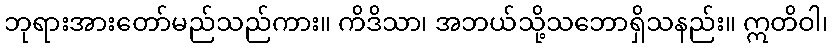
ဘုရားအားတော်မည်သည်ကား။ ကိဒိသာ၊ အဘယ်သို့သဘောရှိသနည်း။ ဣတိဝါ၊